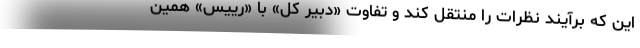
این که برآیند نظرات را منتقل کند و تفاوت «دبیر کل» با «رییس» همین